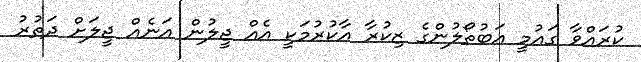
ކުރައްވާ ގައުމީ އަބުތޯލުންގެ ޒިކުރާ އާކުރުމަކީ އެއް ޖީލުން އަނެއް ޖީލަށް ދަތުރު